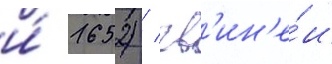
и́ 1652) / гв'ин'е́и